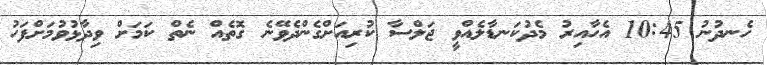
ހެނދުނު 10:45 އެހާއިރު މެދުކަނޑާލެއްވީ ޖަލްސާ ކުރިއަށްގެންދެވޭނެ ގޮތެއް ނެތް ކަމަށް ވިދާޅުވުމަށްފަހު